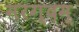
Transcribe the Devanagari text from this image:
मरग्दम्